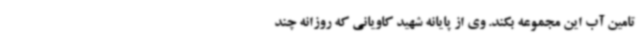
تامین آب این مجموعه بکند. وی از پایانه شهید کاویانی که روزانه چند